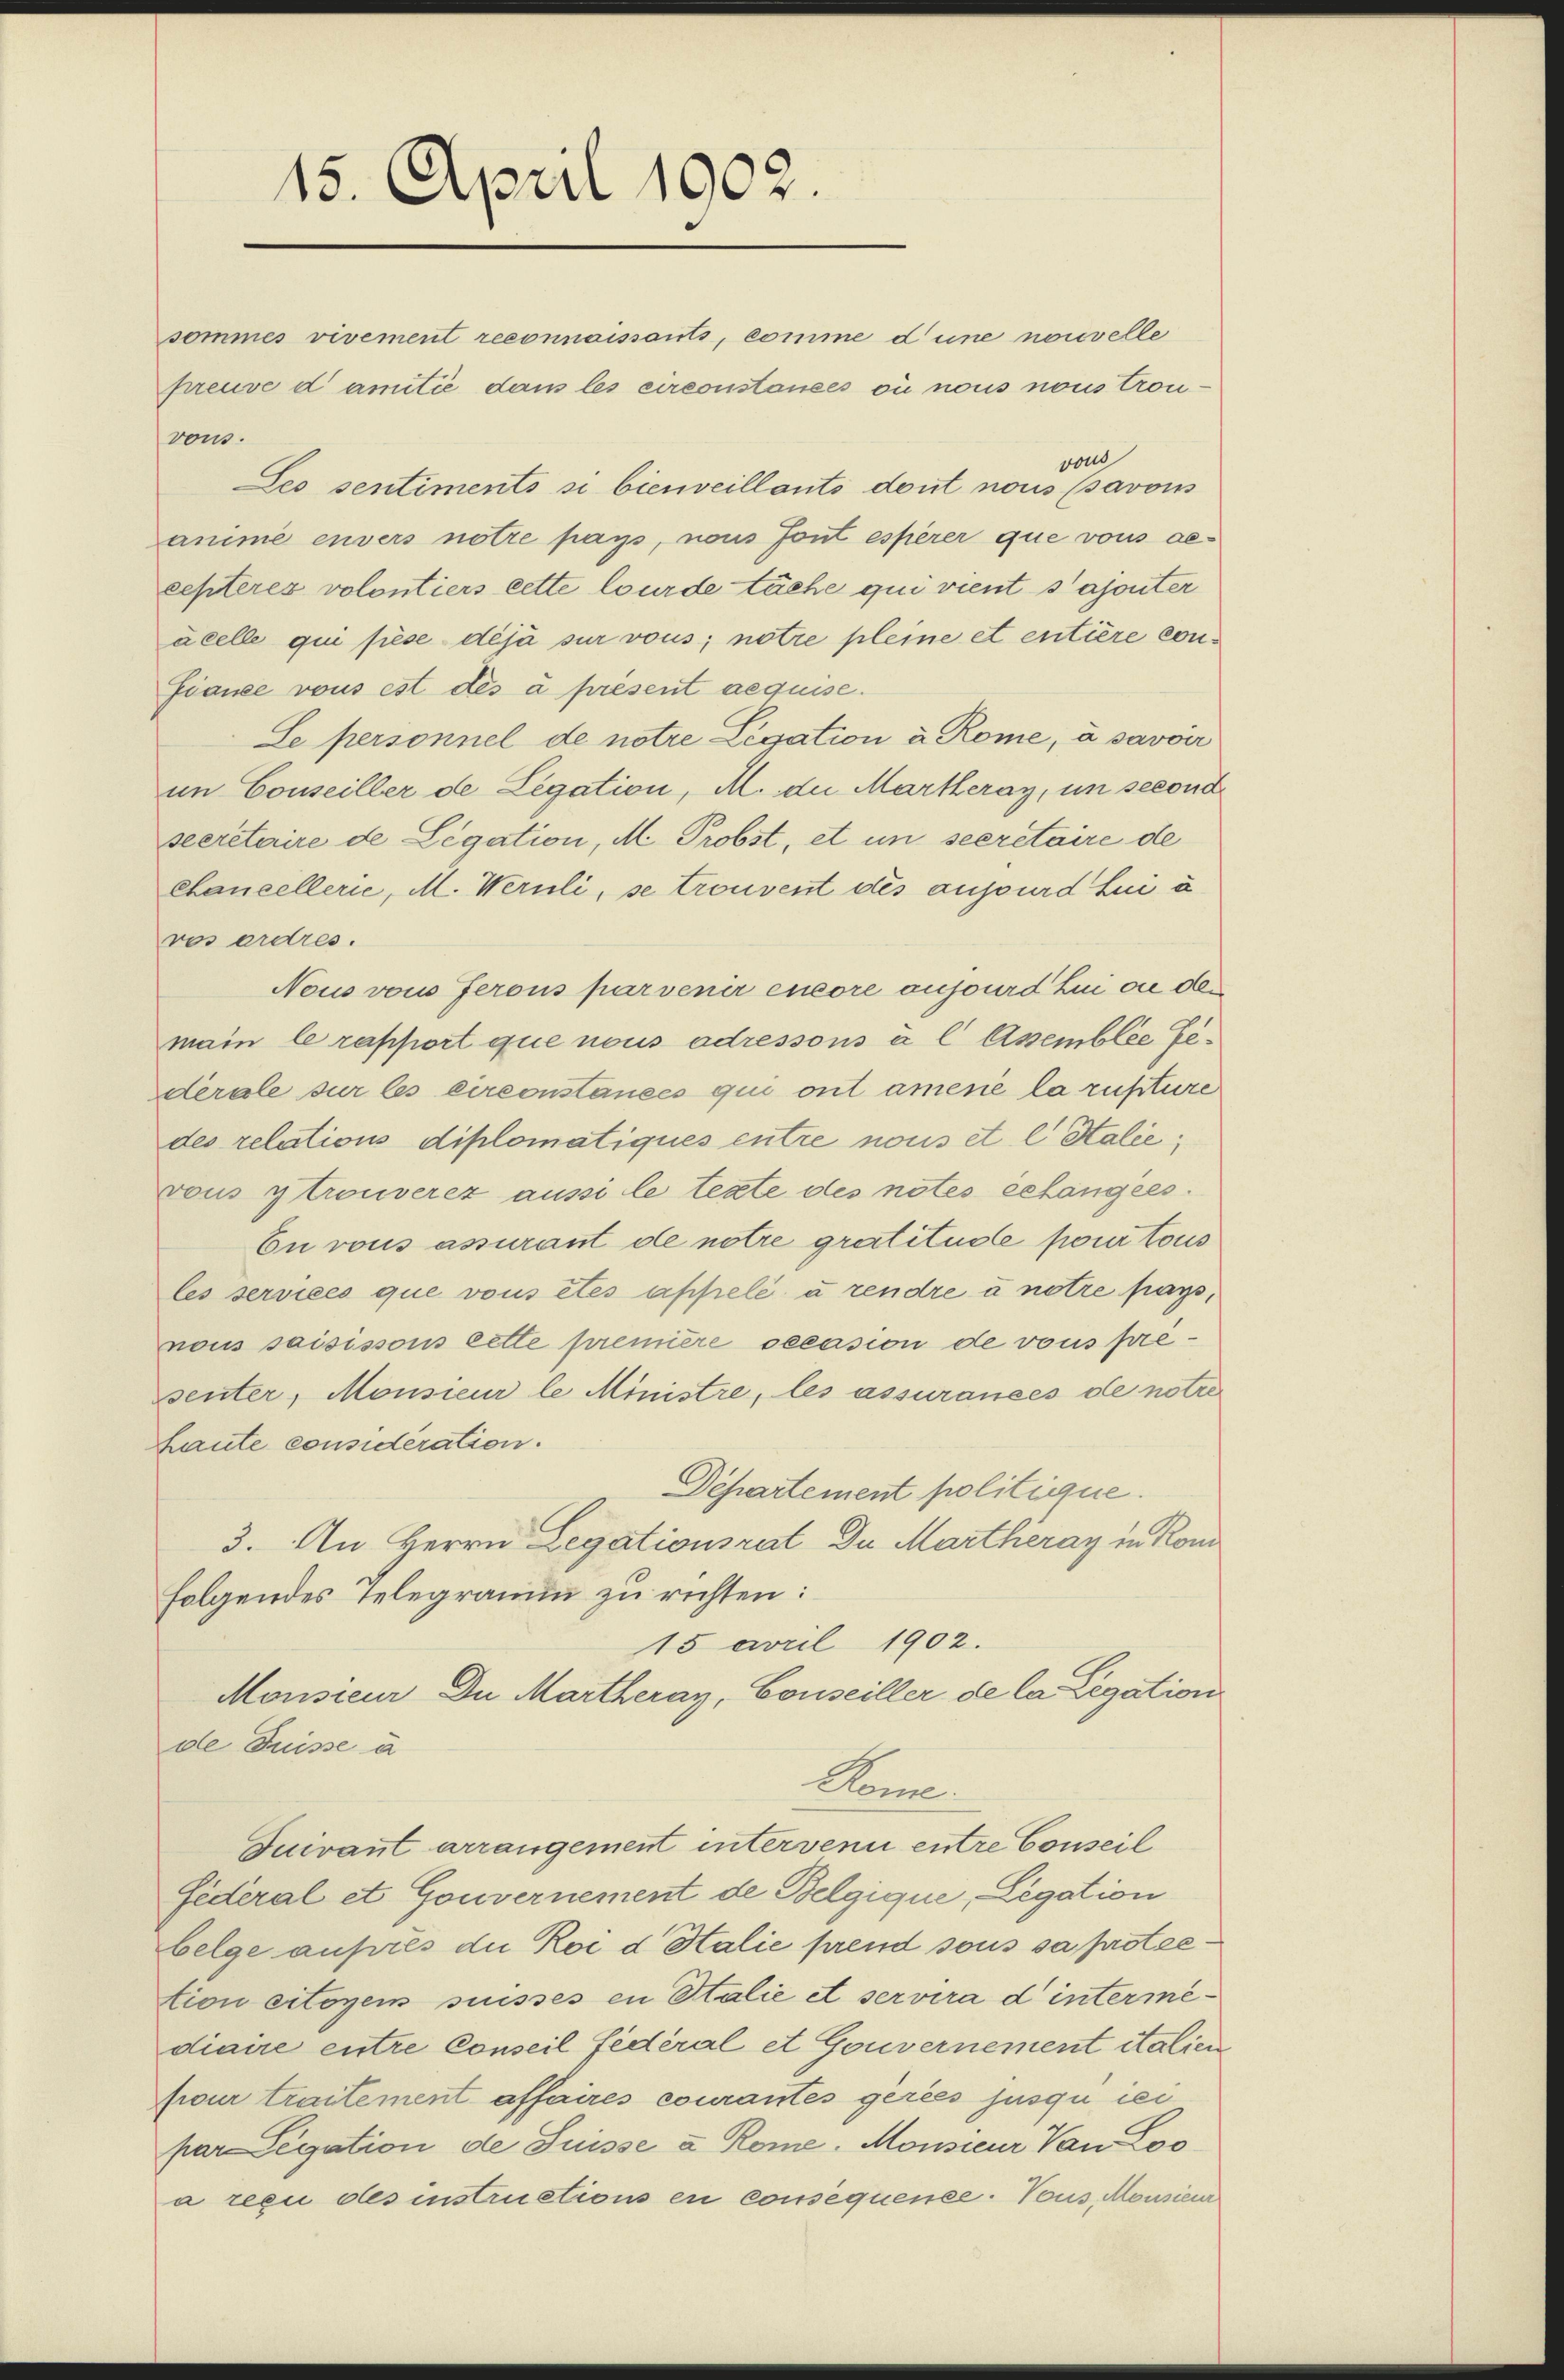
15. April 1902.

sommes vivement reconnaissants, comme d’une nouvelle
preuve damité dans les circonstances où nous nous trou-
vous.
von
Seo sentiments si bienveillants dont nous (savous
amime envers notre pays, nous font esperer que vons gecepteres volontiers cette wurde läche qui vient sajouter
acelle qui fiese déjà sur vous; notre pleine et entière confiance vous est des à présent aequise.
Le personnel de notre Legation à Rome, à savoir
im Conseiller de Legation, M. die Martheray, um second
secretaire de Legation, M. Probst, et in secretaire de
Chancellerie, M. Wernli, se trouvent des aussurd Lui à
ros ordres.
Nous von Jerons parvenir encore aufsurd Lui ou der
main le rapport que nous adressons à l Assemblée Gederale sur les circonstances qui ont amene la ruftüre
des relations diplomatiques entre nous et l Salie
vous y trouverez aussi le texte des notes gelangies.
En vous assurant de notre gratitude pour tous
les services que vous êtes appelé à rendre à notre pays,
nous saisissous lette première oecasion de vous présenter, Monsieur le Ministre, les assurances de notre
haute consideration.
Departement politique.
3. An Herrn Legationsrat Du Martheray in Rom
folgendes Telegramm zu richten:
15 April 1902.
Monsieur Du Martheray, Conseiller de la Legation
de Puisse à
Kome
Duivant arrangement intervenu entre Conseil
Federal et Gouvernement de Belgique, Legation
belge aufres die Roi d Stalie prend sous sa proteetion citorem suisses en Stalie et servira d intermediaire entre Conseil fédéral et Gouvernement italien
four traitement affaires courantes geries jusquiei
par Legation de Suisse u. Rome. Monsieur Von Loo
a reen des instructions en consequenze. Vous Monsieur